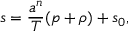
s = { \frac { a ^ { n } } { T } } ( p + \rho ) + s _ { 0 } ,